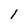
Character: 1